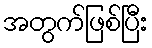
အတွက်ဖြစ်ပြီး